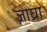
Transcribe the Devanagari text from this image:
जाघ्रा